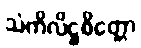
သံကိလိဋ္ဌစိတ္တော